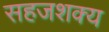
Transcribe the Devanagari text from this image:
सहजशक्‍य